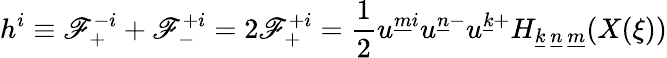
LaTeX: h^{i}\equiv\mathscr{F}_{+}^{-i}+\mathscr{F}_{-}^{+i}=2\mathscr{F}_{+}^{+i}={\frac{{1}}{{2}}}u^{\underline{{{{m}}}}i}u^{\underline{{{{n}}}}-}u^{\underline{{{{k}}}}+}H_{\underline{{{{k}}}}~\underline{{{{n}}}}~\underline{{{{m}}}}}(X(\xi))